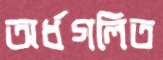
অর্ধগলিত